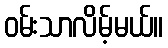
ဝမ်းသာလိမ့်မယ်။